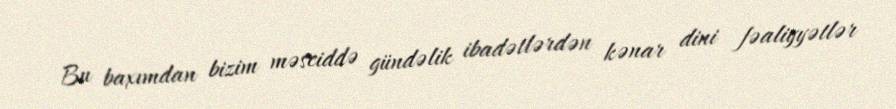
Bu baxımdan bizim məsciddə gündəlik ibadətlərdən kənar dini fəaliyyətlər